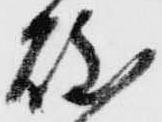
岐